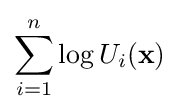
\sum _{i=1}^{n}\log U_{i}(\mathbf {x} )